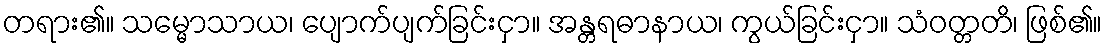
တရား၏။ သမ္မောသာယ၊ ပျောက်ပျက်ခြင်းငှာ။ အန္တရဓာနာယ၊ ကွယ်ခြင်းငှာ။ သံဝတ္တတိ၊ ဖြစ်၏။